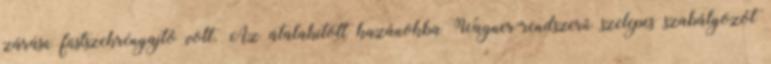
zárású füstszekrényajtó volt. Az átalakított kazánokba Wagner-rendszerű szelepes szabályozót